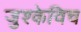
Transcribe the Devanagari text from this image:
जुश्केविच